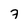
Character: 7